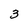
Character: 3